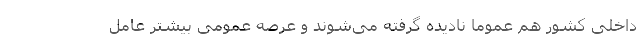
داخلی کشور هم عموماً نادیده گرفته می‌شوند و عرصه عمومی بیشتر عامل